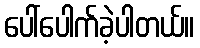
ပေါ်ပေါက်ခဲ့ပါတယ်။